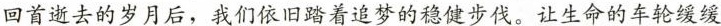
回首逝去的岁月后，我们依旧踏着追梦的稳健步伐。让生命的车轮缓缓